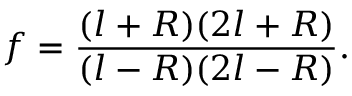
f = \frac { ( l + R ) ( 2 l + R ) } { ( l - R ) ( 2 l - R ) } .